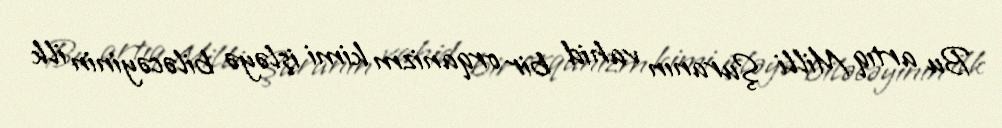
Bu artıq Milli Şuranın vahid bir orqanizm kimi işləyə biləcəyinin ilk